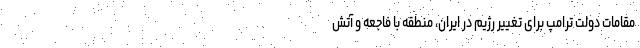
مقامات دولت ترامپ برای تغییر رژیم در ایران، منطقه با فاجعه و آتش